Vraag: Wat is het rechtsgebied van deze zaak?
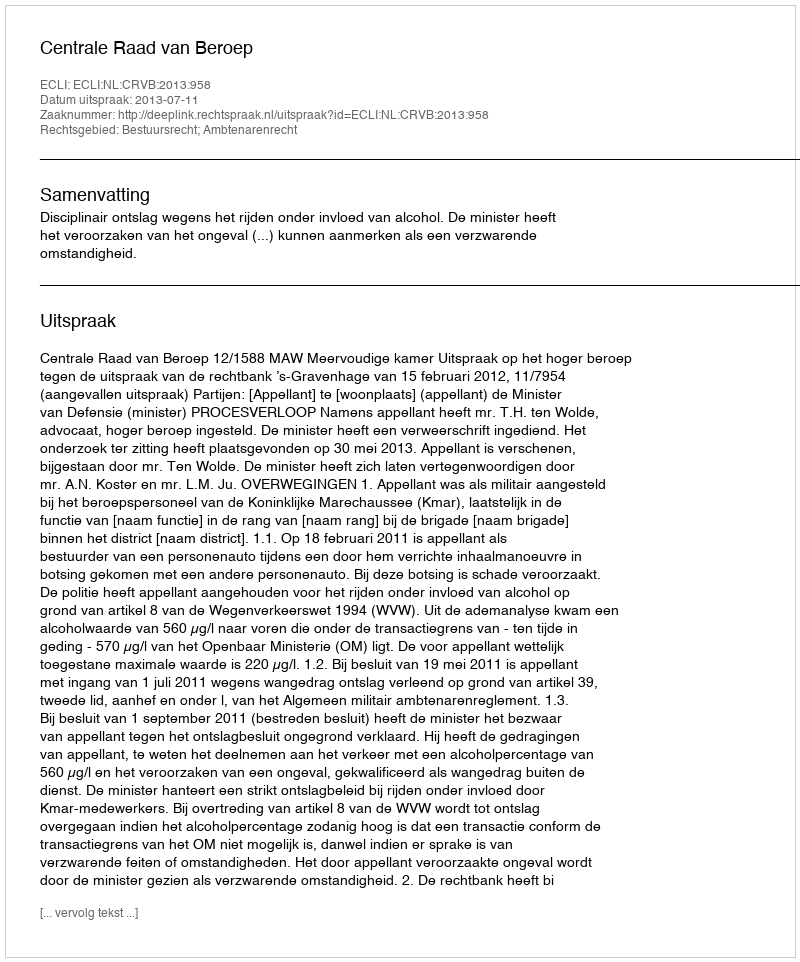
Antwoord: Bestuursrecht; Ambtenarenrecht